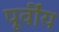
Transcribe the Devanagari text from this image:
पूर्वींय